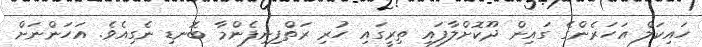
ހައިކަލް އަހަރެންގެ ގައިން ދޫކޮށްލާފައި ތިރީގައި ހުރި ރަތްފިނިފެންމާ ބޮނޑި ނެގިއެވެ. އަހަންނަށް